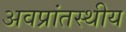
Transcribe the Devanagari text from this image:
अवप्रांतस्थीय